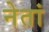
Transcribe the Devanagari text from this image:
नेतां